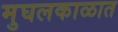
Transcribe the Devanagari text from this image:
मुघलकाळात